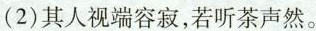
(2)其人视端容寂，若听茶声然。